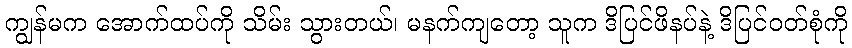
ကျွန်မက အောက်ထပ်ကို သိမ်း သွားတယ်၊ မနက်ကျတော့ သူက ဒိပြင်ဖိနပ်နဲ့ ဒိပြင်ဝတ်စုံကို